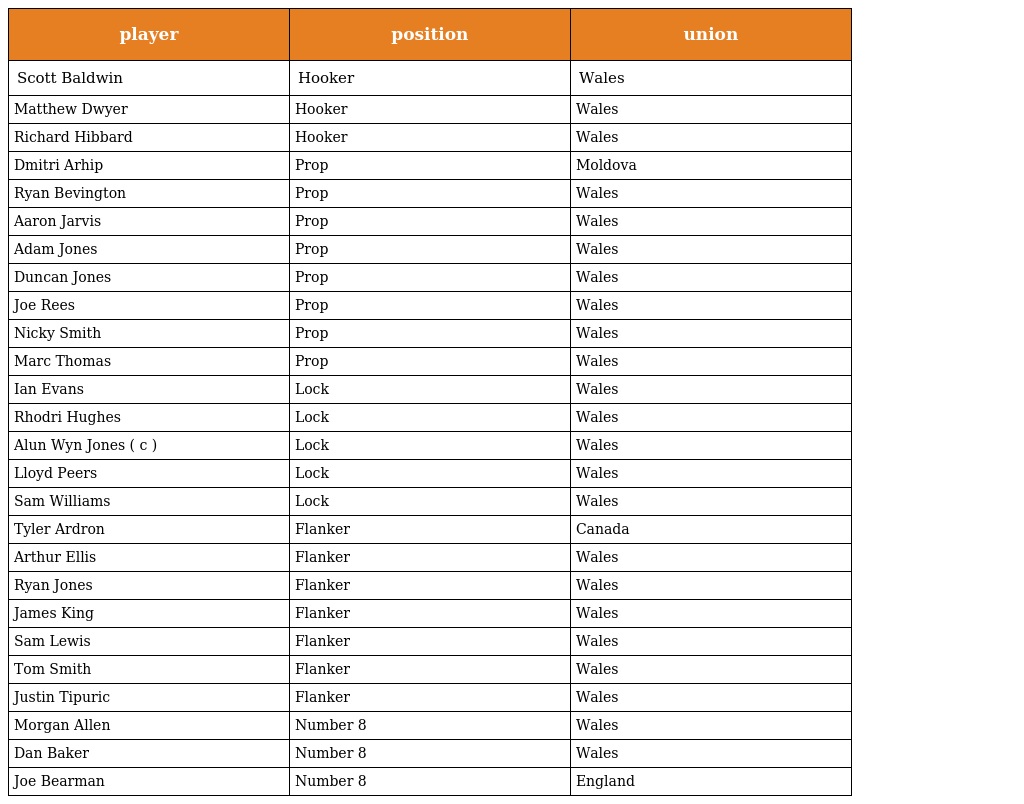
| player | position | union |
 | --- | --- | --- |
 | Scott Baldwin | Hooker | Wales |
 | Matthew Dwyer | Hooker | Wales |
 | Richard Hibbard | Hooker | Wales |
 | Dmitri Arhip | Prop | Moldova |
 | Ryan Bevington | Prop | Wales |
 | Aaron Jarvis | Prop | Wales |
 | Adam Jones | Prop | Wales |
 | Duncan Jones | Prop | Wales |
 | Joe Rees | Prop | Wales |
 | Nicky Smith | Prop | Wales |
 | Marc Thomas | Prop | Wales |
 | Ian Evans | Lock | Wales |
 | Rhodri Hughes | Lock | Wales |
 | Alun Wyn Jones ( c ) | Lock | Wales |
 | Lloyd Peers | Lock | Wales |
 | Sam Williams | Lock | Wales |
 | Tyler Ardron | Flanker | Canada |
 | Arthur Ellis | Flanker | Wales |
 | Ryan Jones | Flanker | Wales |
 | James King | Flanker | Wales |
 | Sam Lewis | Flanker | Wales |
 | Tom Smith | Flanker | Wales |
 | Justin Tipuric | Flanker | Wales |
 | Morgan Allen | Number 8 | Wales |
 | Dan Baker | Number 8 | Wales |
 | Joe Bearman | Number 8 | England |